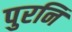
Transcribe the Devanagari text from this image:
पुरनि